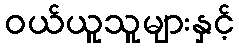
ဝယ်ယူသူများနှင့်